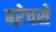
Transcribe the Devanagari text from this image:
बऱेचसे